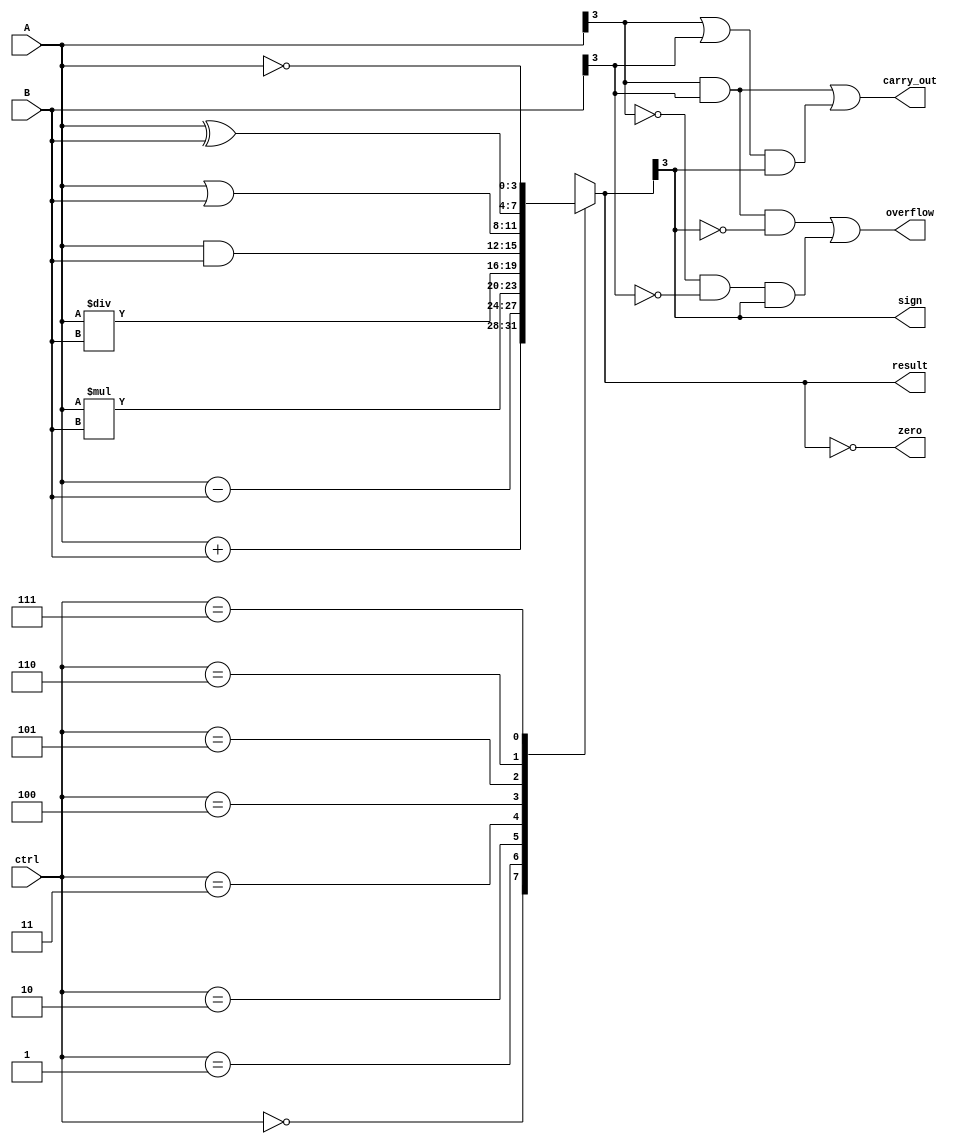
module ALU(
    input [3:0] A,
    input [3:0] B,
    input [2:0] ctrl,
    output reg [3:0] result,
    output reg carry_out,
    output reg overflow,
    output reg zero,
    output reg sign
);

// Addition operation
always @(*)
begin
    case(ctrl)
        3'b000: result = A + B; // Addition
        3'b001: result = A - B; // Subtraction
        3'b010: result = A * B; // Multiplication
        3'b011: result = A / B; // Division
        3'b100: result = A & B; // Bitwise AND
        3'b101: result = A | B; // Bitwise OR
        3'b110: result = A ^ B; // Bitwise XOR
        3'b111: result = ~A;    // Bitwise NOT
    endcase
end

// Flags generation
always @(*)
begin
    carry_out = (A[3] & B[3]) | ((A[3] | B[3]) & result[3]);
    overflow = A[3] & B[3] & ~result[3] | ~A[3] & ~B[3] & result[3];
    zero = (result == 4'b0);
    sign = result[3];
end

endmodule